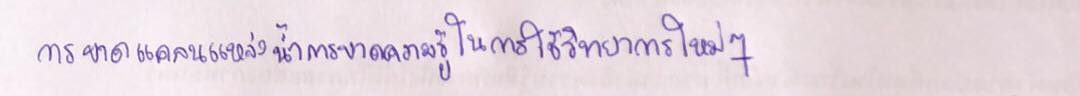
การขาดแคลนแหล่งน้ำการขาดความรู้ในการใช้วิทยาการใหม่ๆ